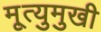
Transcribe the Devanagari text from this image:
मृ्त्युमुखी